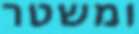
ומשטר